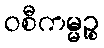
ဝစီကမ္မဉ္စ